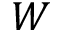
W